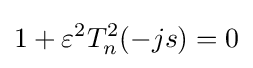
1+\varepsilon ^{2}T_{n}^{2}(-js)=0